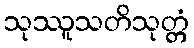
သုဿူသတိသုတ္တံ